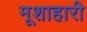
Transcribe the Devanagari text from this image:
मूशाहारी